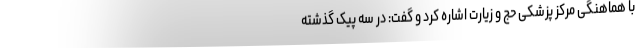
با هماهنگی مرکز پزشکی حج و زیارت اشاره کرد و گفت: در سه پیک گذشته